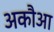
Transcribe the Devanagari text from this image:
अकौआ